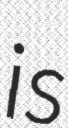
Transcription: is